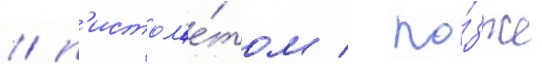
/ п'истол'е́том / по́зже